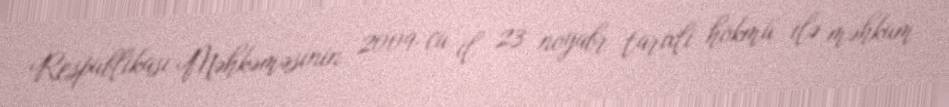
Respublikası Məhkəməsinin 2009-cu il 23 noyabr tarixli hökmü ilə məhkum